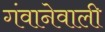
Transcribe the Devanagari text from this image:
गंवानेवाली